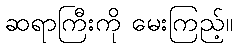
ဆရာကြီးကို မေးကြည့်။